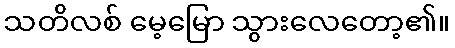
သတိလစ် မေ့မြော သွားလေတော့၏။